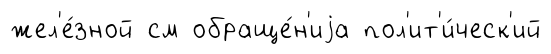
жел'е́зной см обраще́н'иjа пол'ит'и́ческ'ий